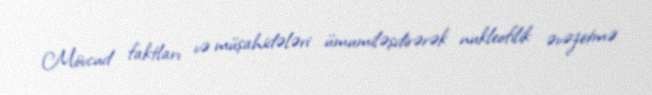
Mövcud faktları və müşahidələri ümumiləşdirərək nukleofilik əvəzetmə